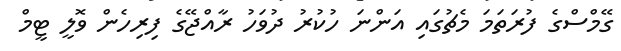
ގޭމްސްގެ ފުރަތަމަ މެޗުގައި އަންނަ ހުކުރު ދުވަހު ރާއްޖޭގެ ފިރިހެން ވޮލީ ޓީމް